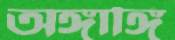
অঙ্গাঙ্গি